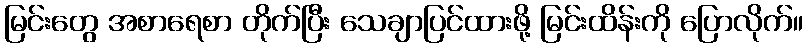
မြင်းတွေ အစာရေစာ တိုက်ပြီး သေချာပြင်ထားဖို့ မြင်းထိန်းကို ပြောလိုက်။